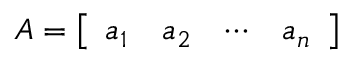
A = { \left[ \begin{array} { l l l l } { a _ { 1 } } & { a _ { 2 } } & { \cdots } & { a _ { n } } \end{array} \right] }